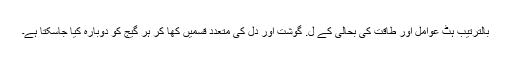
بالترتیب ہٹ عوامل اور طاقت کی بحالی کے ل. گوشت اور دل کی متعدد قسمیں کھا کر ہر گیج کو دوبارہ کیا جاسکتا ہے۔